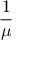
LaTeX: \frac { 1 } { \mu }